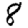
Digit: 8